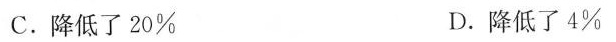
C.降低了20% D.降低了4%